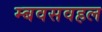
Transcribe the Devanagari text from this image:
म्बवसवहल